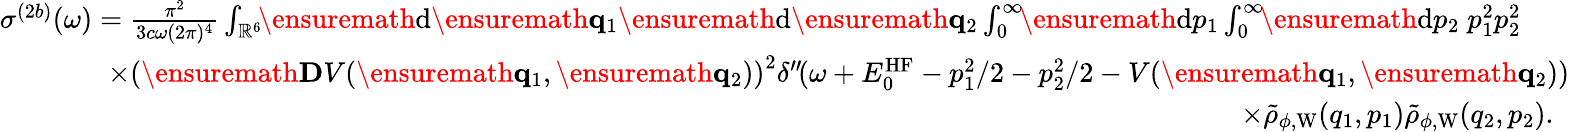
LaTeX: \begin{array}{r}{\sigma^{(2b)}(\omega)=\frac{\pi^{2}}{3c\omega(2\pi)^{4}}\int_{\mathbb{R}^{6}}\! \! \ensuremath{\mathrm{d}}\ensuremath{\mathbf{q}}_{1}\ensuremath{\mathrm{d}}\ensuremath{\mathbf{q}}_{2}\int_{0}^{\infty}\! \! \ensuremath{\mathrm{d}}p_{1}\int_{0}^{\infty}\! \! \ensuremath{\mathrm{d}}p_{2}\; p_{1}^{2}p_{2}^{2}\phantom{xxx}}\\ {\times\left(\ensuremath{\mathbf{D}}V(\ensuremath{\mathbf{q}}_{1},\ensuremath{\mathbf{q}}_{2})\right)^{2}\delta^{\prime\prime}\! (\omega+E_{0}^{\mathrm{HF}}-p_{1}^{2}/2-p_{2}^{2}/2-V(\ensuremath{\mathbf{q}}_{1},\ensuremath{\mathbf{q}}_{2}))}\\ {\times\tilde{\rho}_{\phi,\mathrm{W}}(q_{1},p_{1})\tilde{\rho}_{\phi,\mathrm{W}}(q_{2},p_{2}).\; \; }\end{array}